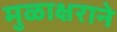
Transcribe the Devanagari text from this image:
मुळाक्षराने